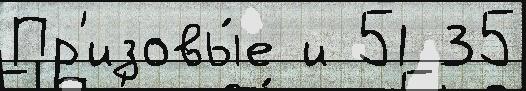
Пр'изовы́е и 51 35